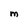
Character: M